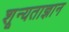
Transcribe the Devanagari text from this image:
शून्यताज्ञान